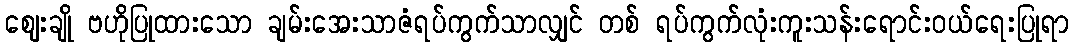
ဈေးချို ဗဟိုပြုထားသော ချမ်းအေးသာဇံရပ်ကွက်သာလျှင် တစ် ရပ်ကွက်လုံးကူးသန်းရောင်းဝယ်ရေးပြုရာ